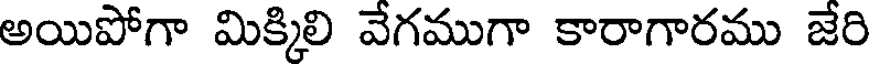
అయిపోగా మిక్కిలి వేగముగా కారాగారము జేరి